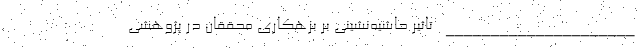
_____________________ تاثیر حاشیه‌نشینی بر بزهکاری محققان در پژوهشی